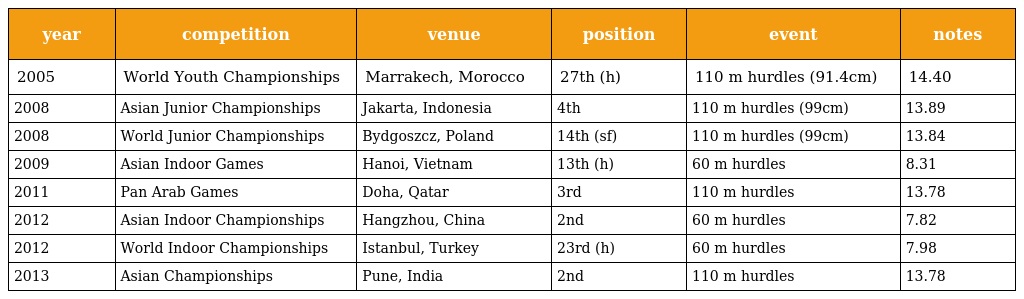
| year | competition | venue | position | event | notes |
 | --- | --- | --- | --- | --- | --- |
 | 2005 | World Youth Championships | Marrakech, Morocco | 27th (h) | 110 m hurdles (91.4cm) | 14.40 |
 | 2008 | Asian Junior Championships | Jakarta, Indonesia | 4th | 110 m hurdles (99cm) | 13.89 |
 | 2008 | World Junior Championships | Bydgoszcz, Poland | 14th (sf) | 110 m hurdles (99cm) | 13.84 |
 | 2009 | Asian Indoor Games | Hanoi, Vietnam | 13th (h) | 60 m hurdles | 8.31 |
 | 2011 | Pan Arab Games | Doha, Qatar | 3rd | 110 m hurdles | 13.78 |
 | 2012 | Asian Indoor Championships | Hangzhou, China | 2nd | 60 m hurdles | 7.82 |
 | 2012 | World Indoor Championships | Istanbul, Turkey | 23rd (h) | 60 m hurdles | 7.98 |
 | 2013 | Asian Championships | Pune, India | 2nd | 110 m hurdles | 13.78 |